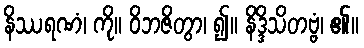
နိဿရဏံ၊ ကို။ ဝိဘဇိတွာ၊ ၍။ နိဒ္ဒိသိတဗ္ဗံ၊ ၏။